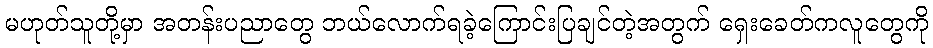
မဟုတ်သူတို့မှာ အတန်းပညာတွေ ဘယ်လောက်ရခဲ့ကြောင်းပြချင်တဲ့အတွက် ရှေးခေတ်ကလူတွေကို